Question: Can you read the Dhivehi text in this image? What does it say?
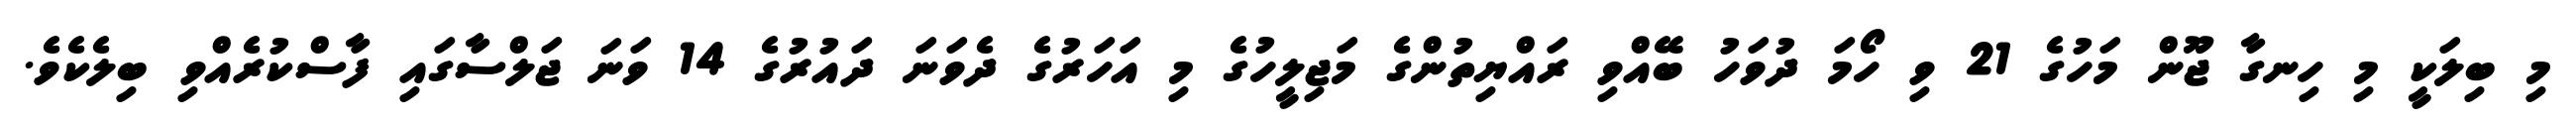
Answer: މި ބިލަކީ މި ހިނގާ ޖޫން މަހުގެ 21 ވި ހޯމަ ދުވަހު ބޭއްވި ރައްޔިތުންގެ މަޖިލީހުގެ މި އަހަރުގެ ދެވަނަ ދައުރުގެ 14 ވަނަ ޖަލްސާގައި ފާސްކުރެއްވި ބިލެކެވެ.